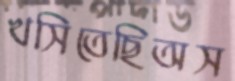
খসিতেছিঅস